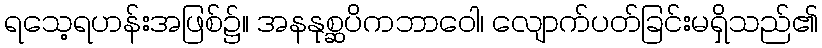
ရသေ့ရဟန်းအဖြစ်၌။ အနနုစ္ဆပိကဘာဝေါ၊ လျောက်ပတ်ခြင်းမရှိသည်၏